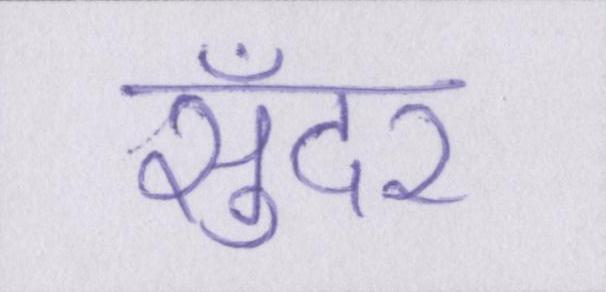
सुँदर